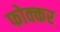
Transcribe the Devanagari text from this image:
फोक्‍कर